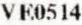
VE0514